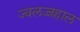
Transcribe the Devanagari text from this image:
ज्वलज्जहाल